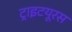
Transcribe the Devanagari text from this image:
ट्राइटयूरस